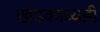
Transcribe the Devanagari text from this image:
खंडकाव्यही